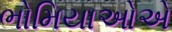
ભોમિયાઓએ